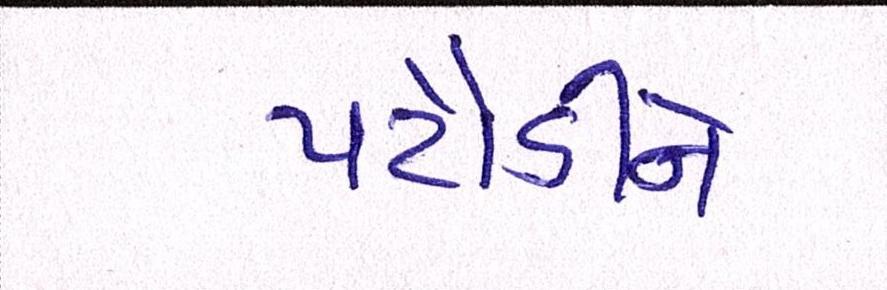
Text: પટૌડીને